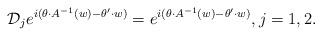
LaTeX: \begin{align*}\mathcal{D}_j e^{i(\theta \cdot A^{-1}(w)-\theta'\cdot w)}=e^{i(\theta \cdot A^{-1}(w)-\theta'\cdot w)},j=1,2.\end{align*}